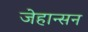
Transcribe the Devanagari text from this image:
जेहान्सन